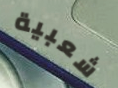
شعبية